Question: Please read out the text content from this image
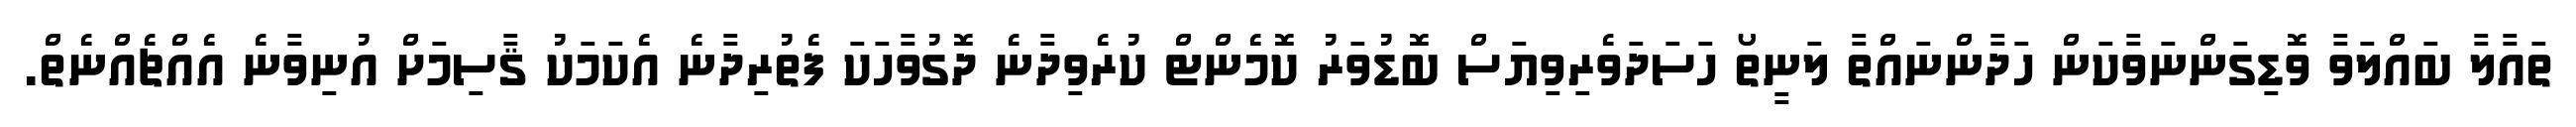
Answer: ތައާލާ ބައްލަވާ ވޮޑިގަންނަވާކަން ހަދާންނައްތާ ލަނީތޯ ހަސަދަވެރިވިޔަސް ބޮޑުވަރު ކޮމެންޓް ކުރެވިދާނެ ދޮގުވާހަކަ ފެތުރިދާނެ އެކަމަކު ޤާސިމަށް އުނިވާނެ އެއްޗެއްނެތް.